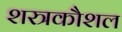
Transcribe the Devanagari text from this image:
शस्त्रकौशल